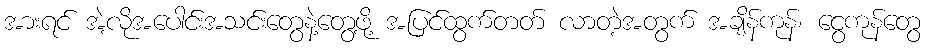
အားရင် အဲ့လိုအပေါင်းအသင်းတွေနဲ့တွေ့ဖို့ အပြင်ထွက်တတ် လာတဲ့အတွက် အချိန်ကုန်၊ ငွေကုန်တွေ